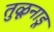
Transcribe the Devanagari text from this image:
तुळूनाडू